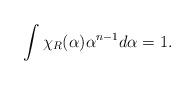
LaTeX: \begin{align*}\int \chi_R(\alpha)\alpha^{n-1}d\alpha=1.\end{align*}